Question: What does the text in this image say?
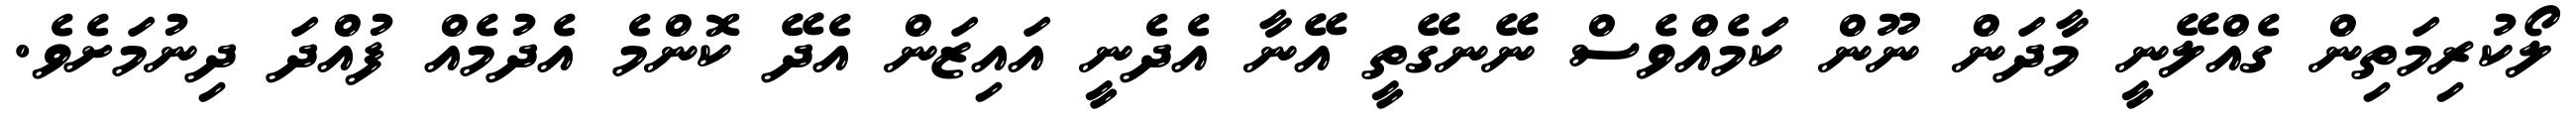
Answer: ލޯކުރިމަތިން ގެއްލޭނީ މާދަން ނޫން ކަމެއްވެސް ނޭނގޭތީ އޭނާ އެދެނީ އައިޒަން އެދޭ ކޮންމެ އެދުމެއް ފުއްދަ ދިނުމަށެވެ.